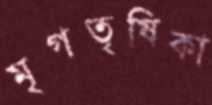
মৃগতৃষিকা